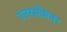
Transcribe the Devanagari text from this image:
उत्तरसीमेवर